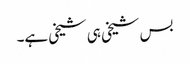
بس شیخی ہی شیخی ہے۔